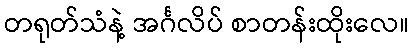
တရုတ်သံနဲ့ အင်္ဂလိပ် စာတန်းထိုးလေ။